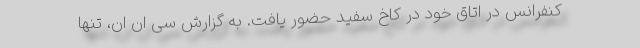
کنفرانس در اتاق خود در کاخ سفید حضور یافت. به گزارش سی ان ان، تنها